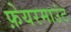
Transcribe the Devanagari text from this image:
फ़ेयरमाउंट